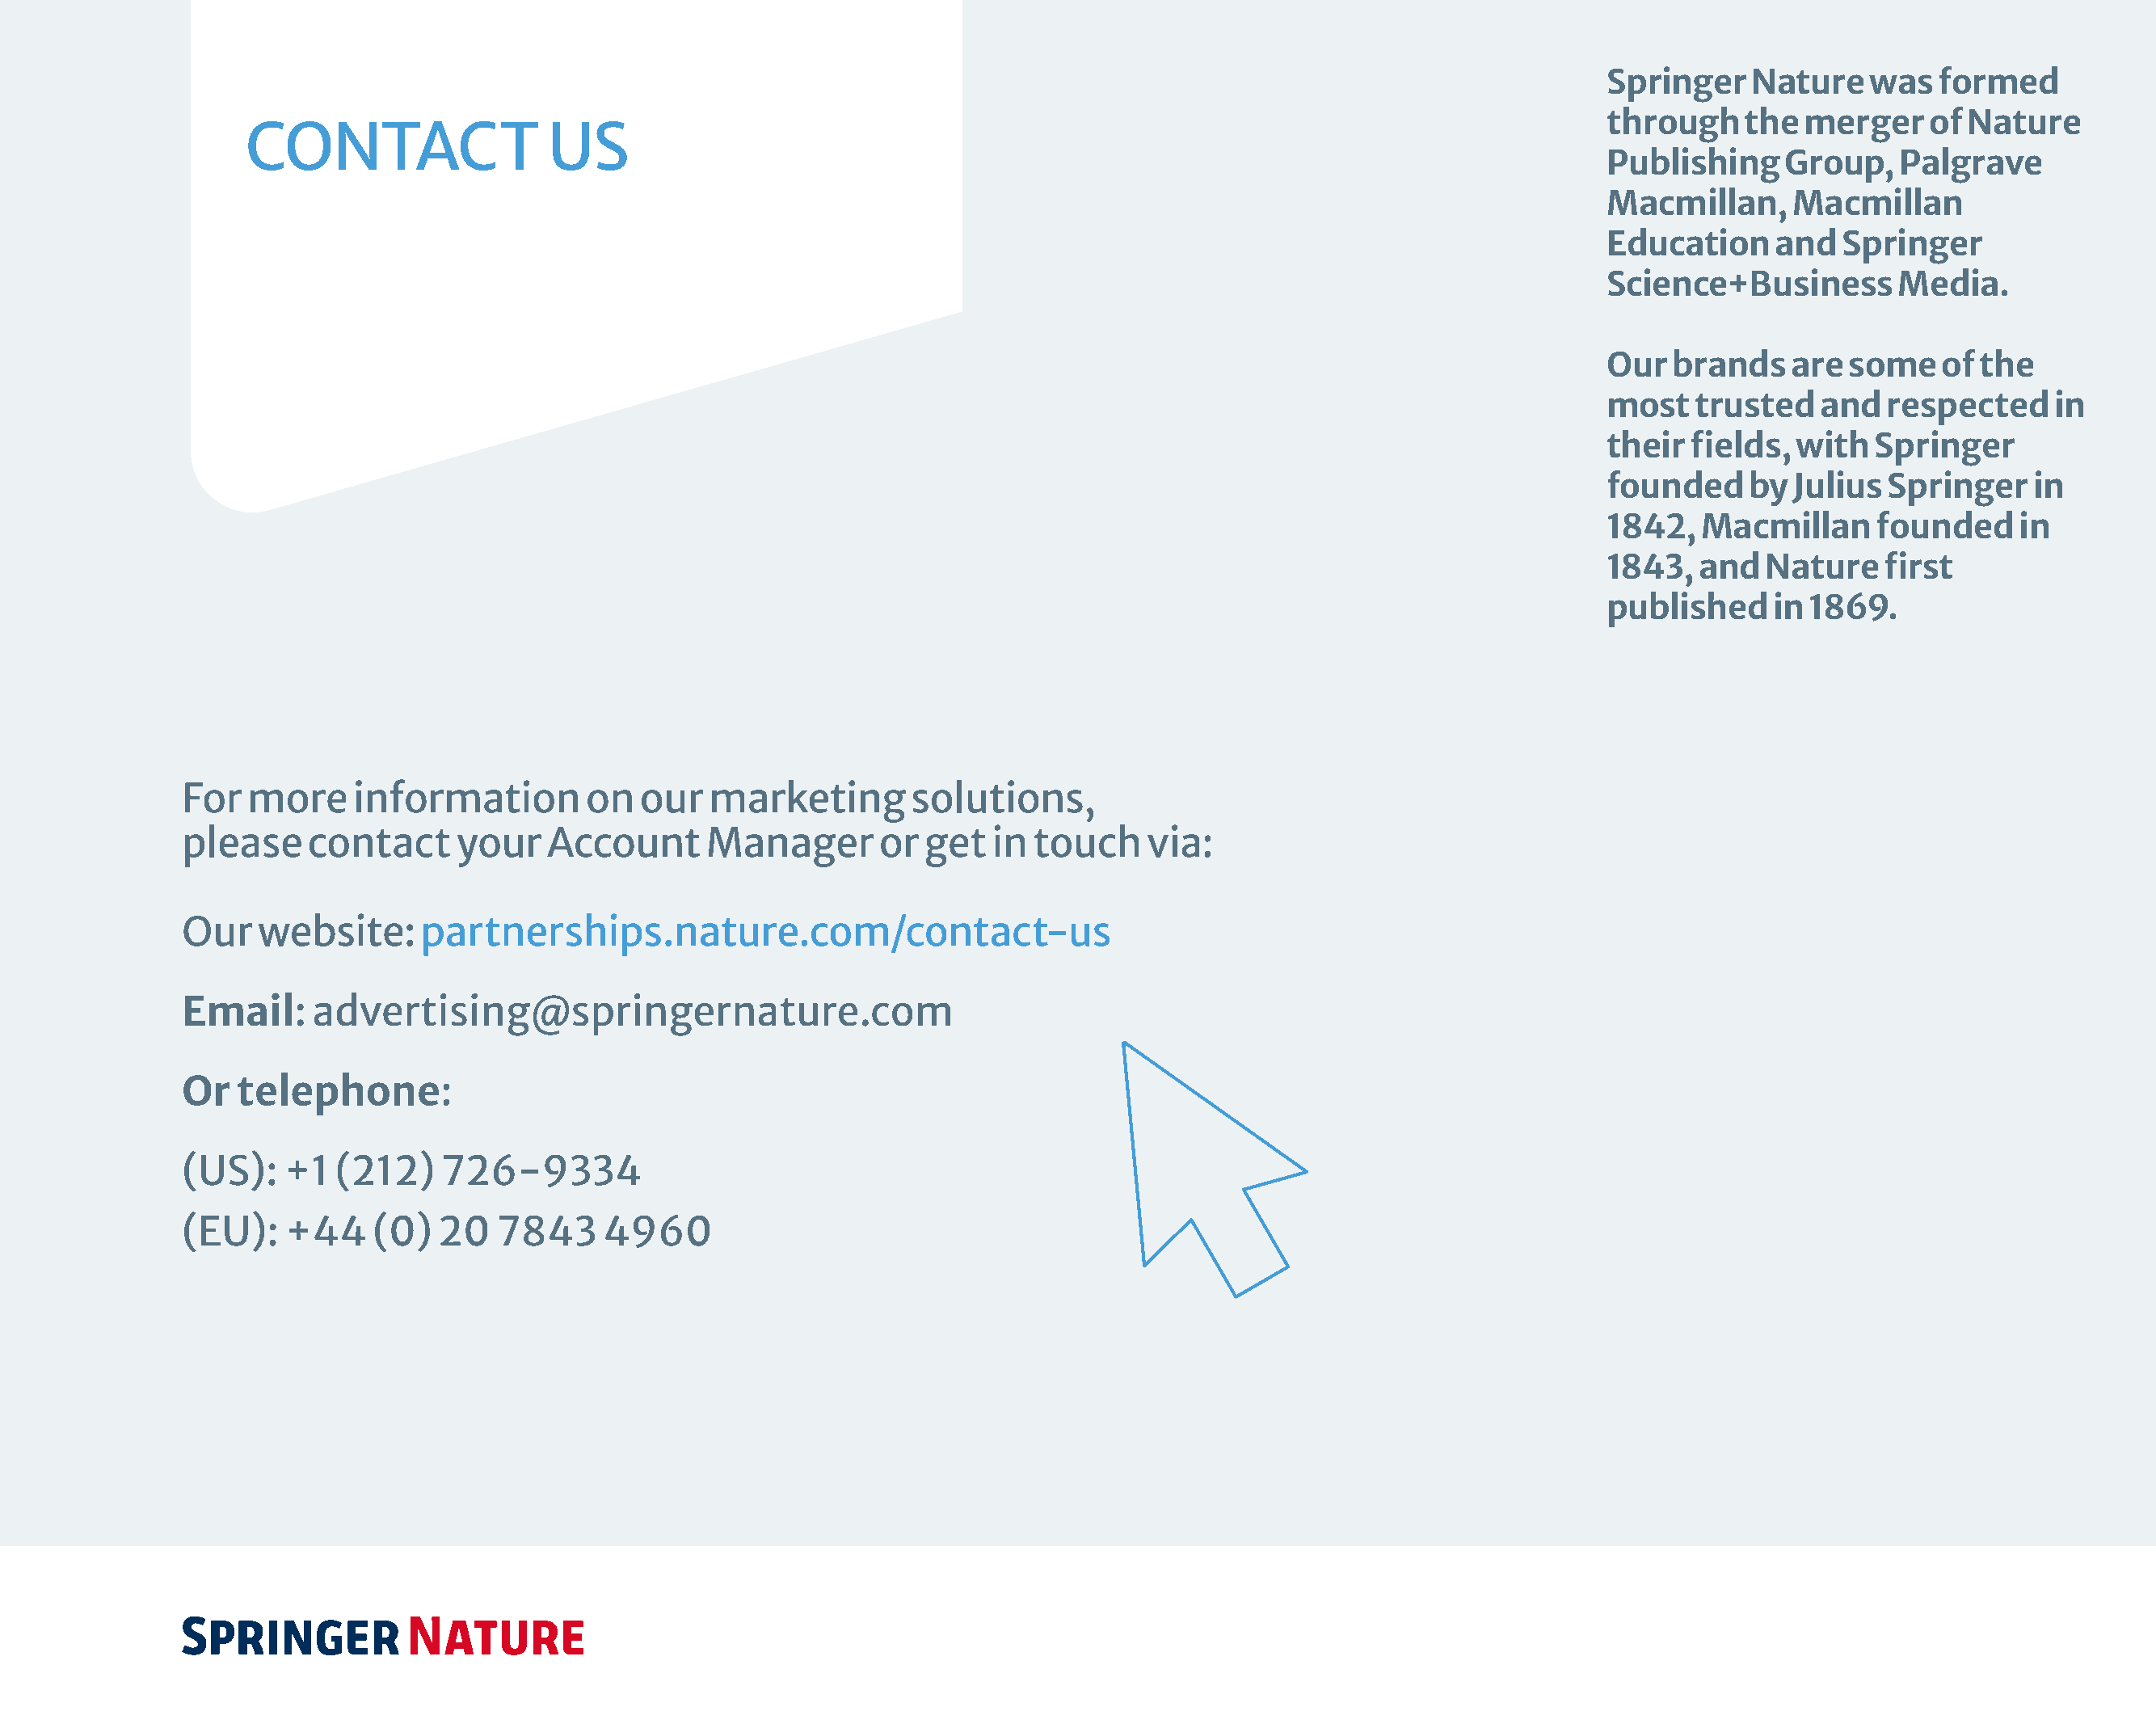
Springer   Nature    was   formed
 through    the  merger    of Nature
 CONTACT                  US
 Publishing    Group,    Palgrave
 Macmillan,     Macmillan
 Education    and   Springer
 Science+Business       Media.
 Our  brands    are some    of the
 most   trusted   and   respected    in
 their fields,  with   Springer
 founded    by  Julius  Springer   in
 1842,  Macmillan      founded    in
 1843,  and   Nature   first
 published    in 1869.
 For  more     information        on  our   marketing        solutions,
 please    contact     your    Account      Manager       or  get  in  touch    via:
 Our   website:     partnerships.nature.com/contact-us
 Email:     advertising@springernature.com
 Or  telephone:
 (US):   +1  (212)    726-9334
 (EU):   +44     (0)  20   7843    4960